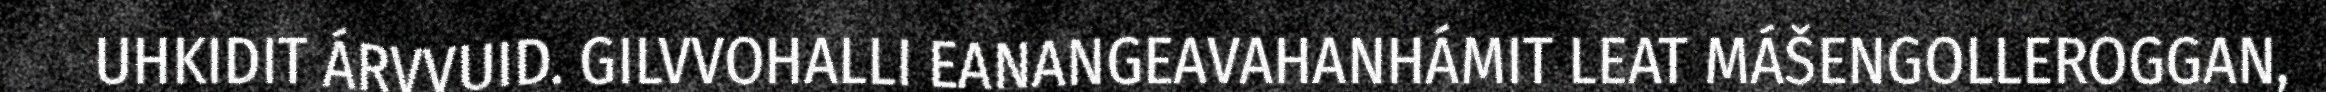
UHKIDIT ÁRVVUID. GILVVOHALLI EANANGEAVAHANHÁMIT LEAT MÁŠENGOLLEROGGAN,